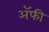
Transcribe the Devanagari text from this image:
अॅफी